画像に写った文字を読んでください
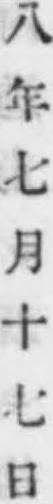
「八年七月十七日」と書いてあります